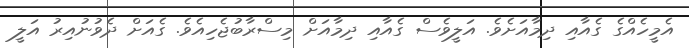
އެމީހެއްގެ ގެއާއި ދިމާއަށެވެ. އަލީވެސް ގެއާއި ދިމާއަށް މިސްރާބުޖެހިއެވެ. ގެއަށް ދެވުނުއިރު އަލީ